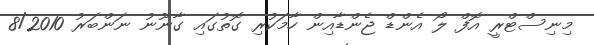
މިނިސްޓްރީ އޮފް ލޯ އެންޑް ޖެންޑާއިން ހާމަކުރި ގޮތުގައި ގާނޫނު ނަންބަރު 8/2010